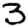
Digit: 3